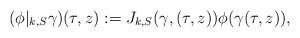
LaTeX: \begin{align*} (\phi|_{k,S} \gamma)(\tau,z):=J_{k,S}(\gamma, (\tau,z))\phi(\gamma(\tau,z)),\end{align*}